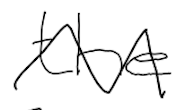
Text: the
Cross-out: zig-zag
Writing tool: digital_black